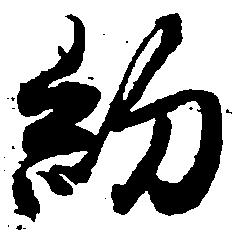
約